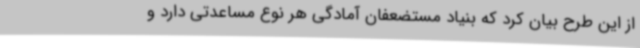
از این طرح بیان کرد که بنیاد مستضعفان آمادگی هر نوع مساعدتی دارد و